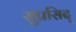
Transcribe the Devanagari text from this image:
सुप्रसिद्